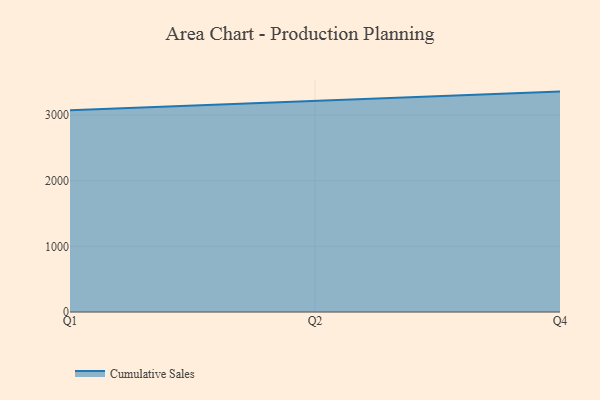
{"axis": {"x": "Quarter", "y": "Churn Rate (%)"}, "legend": ["Cumulative Sales"], "data": [{"x": "Q1", "y": 3071.1, "type": "Cumulative Sales"}, {"x": "Q2", "y": 3216.7, "type": "Cumulative Sales"}, {"x": "Q4", "y": 3356.7, "type": "Cumulative Sales"}]}